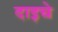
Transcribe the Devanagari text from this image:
दाइचे